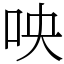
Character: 咉